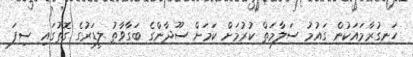
ހަނގުރާމައަކުން ގައުމު ސަލާމަތް ކުރުމަށް ކަމަށް ސޫދާންގެ ބަގާވާތު ލީޑަރުގެ ގޮތުގައި ސިފަ